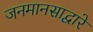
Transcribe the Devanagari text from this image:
जनमानसाद्वारे